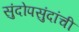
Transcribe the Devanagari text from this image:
सुंदोपसुंदांची